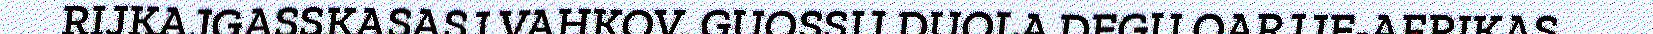
RIJKAJGASSKASASJ VAHKOV, GUOSSIJ DUOLA DEGU OARJJE-AFRIKAS,